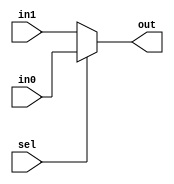
module Mux2_1 ( in1, in0, sel, out);

output out;
input in1, in0, sel;
wire out;

assign out = sel ? in0:in1;

endmodule